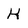
Character: H